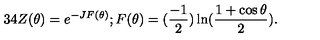
3 4 Z ( \theta ) = e ^ { - J F ( \theta ) } ; F ( \theta ) = ( \frac { - 1 } { 2 } ) \ln ( \frac { 1 + \cos \theta } { 2 } ) .